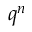
q ^ { n }